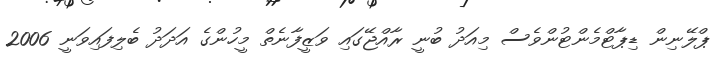
ޕްލޭނިން ޑިޕާޓްމެންޓުންވެސް މިއަދު ބުނީ ރާއްޖޭގައި ވަޒީފާނެތް މީހުންގެ އަދަދު ބެލިފައިވަނީ 2006